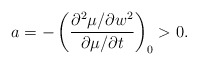
\begin{align*} a=-\left(\frac{\partial^2\mu/\partial w^2}{\partial \mu/\partial t}\right)_0>0.\end{align*}